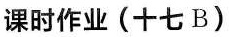
课时作业(十七B)